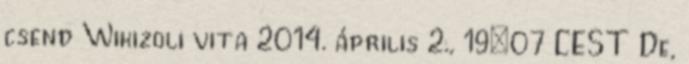
csend Wikizoli vita 2014. április 2., 19:07 CEST De,